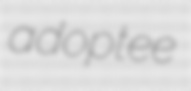
adoptee